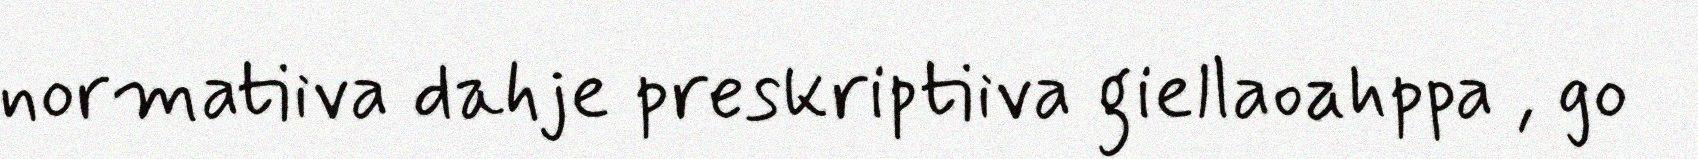
normatiiva dahje preskriptiiva giellaoahppa , go